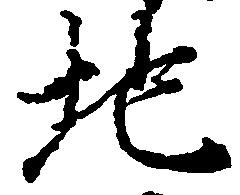
地